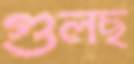
গুলছ